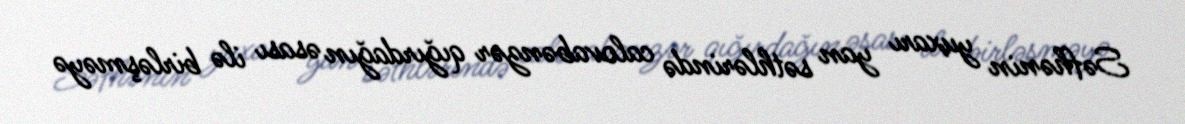
Səfhənin yuxarı yan səthlərində calovabənzər qığırdağın əsası ilə birləşməyə